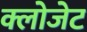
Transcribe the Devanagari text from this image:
क्लोजेट